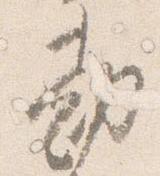
勘